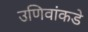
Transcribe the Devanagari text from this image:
उणिवांकडे